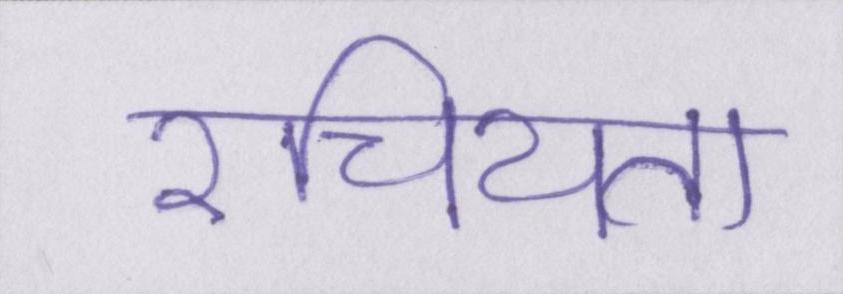
रचियता